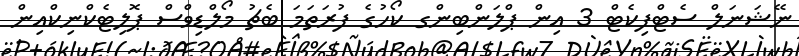
ނޭޝަނަލް ސެޓްފިކެޓް 3 އިން ޕްލަންބިންގ ކޯހުގެ ފުރަތަމަ ބެޗު މޯލްޑިވްސް ޕޮލިޓެކްނިކްއިން